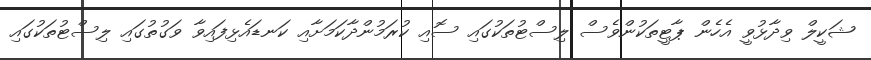
ޝަކީލް ވިދާޅުވީ އެހެން ޕާޓީތަކުންވެސް ލިސްޓުތަކުގައި ސޮއި ކުރަމުންދާކަމަށާއި ކަނޑައެޅިފައިވާ ވަގުތުގައި ލިސްޓުތަކުގައި